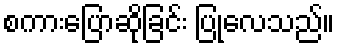
စကားပြောဆိုခြင်း ပြုလေသည်။